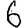
Digit: 6